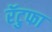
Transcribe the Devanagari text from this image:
रॅटुफा